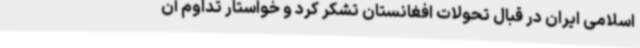
اسلامی ایران در قبال تحولات افغانستان تشکر کرد و خواستار تداوم آن